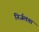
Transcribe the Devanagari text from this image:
निर्जलता